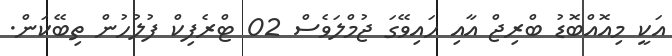
އަކީ މިއޮއްބޮޑު ބްރިޖް އާއި ހައިވޭގަ ޖުމްލަވެސް 02 ޓްރެފިކް ފުލުހުން ތިބޭކަން.